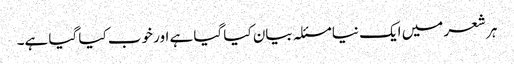
ہر شعر میں ایک نیا مسئلہ بیان کیا گیا ہے اور خوب کیا گیا ہے۔